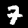
Label: 7